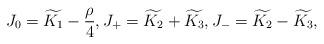
LaTeX: \begin{gather*}J_0 = \widetilde{K_1}- \frac{\rho}{4}, J_+ = \widetilde{K_2} + \widetilde{K_3} ,J_- = \widetilde{K_2} - \widetilde{K_3},\end{gather*}